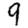
Digit: 9